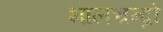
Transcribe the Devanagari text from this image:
भालचन्द्रो